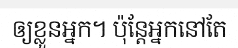
ឲ្យខ្លួនអ្នក។ ប៉ុន្តែអ្នកនៅតែ